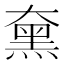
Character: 𪐡